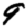
Digit: 9